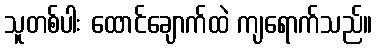
သူတစ်ပါး ထောင်ချောက်ထဲ ကျရောက်သည်။